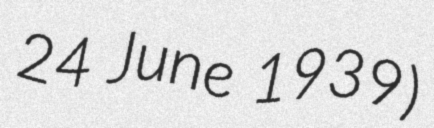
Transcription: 24 June 1939)